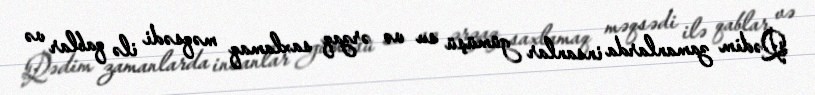
Qədim zamanlarda insanlar gümüşü su və ərzaq saxlamaq məqsədi ilə qablar və